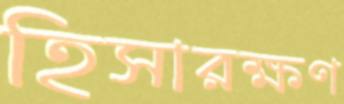
হিসারক্ষণ